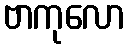
ဗာကုလော